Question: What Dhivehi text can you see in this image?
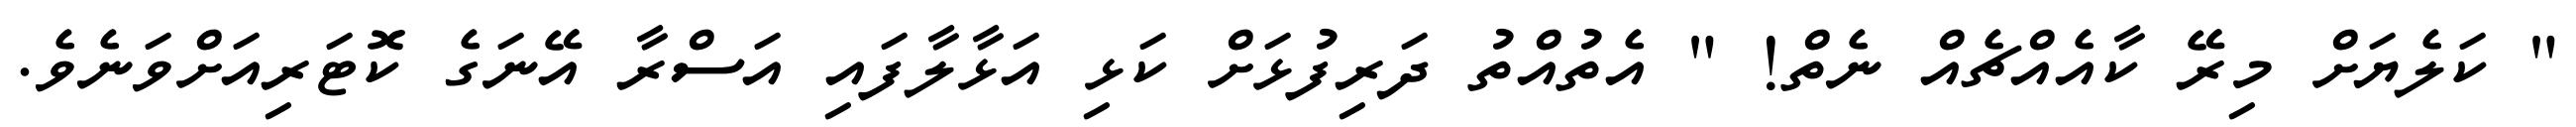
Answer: " ކަލެޔަށް މިރޭ ކާއެއްޗެއް ނެތް! " އެތުއްތު ދަރިފުޅަށް ކަޅި އަޅާލާފައި އަސްރާ އޭނަގެ ކޮޓަރިއަށްވަނެވެ.